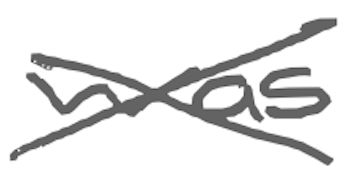
Text: was
Cross-out: cross
Writing tool: digital_gray